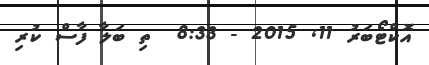
އޮކްޓޯބަރު 11